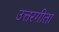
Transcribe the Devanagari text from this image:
उत्तरगीता